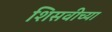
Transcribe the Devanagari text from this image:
शिसवीच्या